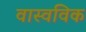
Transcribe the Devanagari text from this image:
वास्वविक